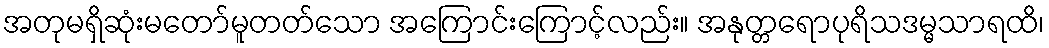
အတုမရှိဆုံးမတော်မူတတ်သော အကြောင်းကြောင့်လည်း။ အနုတ္တရောပုရိသဒမ္မသာရထိ၊